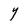
Character: Y